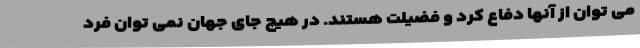
می توان از آنها دفاع کرد و فضیلت هستند. در هیچ جای جهان نمی توان فرد